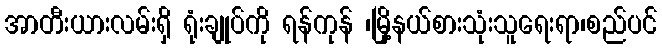
အာတီးယားလမ်းရှိ ရုံးချုပ်ကို ရန်ကုန် ၊မြို့နယ်စားသုံးသူရေးရာ၊စည်ပင်